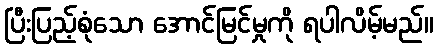
ပြီးပြည့်စုံသော အောင်မြင်မှုကို ရပါလိမ့်မည်။